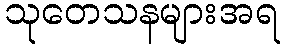
သုတေသနများအရ